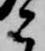
こ